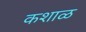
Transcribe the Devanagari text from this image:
कशाळ